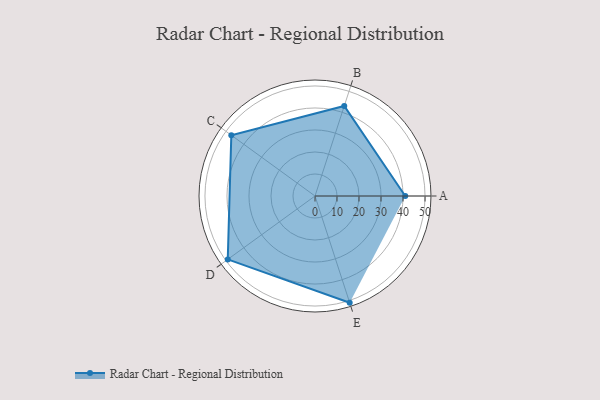
{"axis": {"x": "Skill", "y": "Score"}, "legend": ["Profile"], "data": [{"x": "A", "y": 41.0, "type": "Profile"}, {"x": "B", "y": 43.0, "type": "Profile"}, {"x": "C", "y": 47.0, "type": "Profile"}, {"x": "D", "y": 49.0, "type": "Profile"}, {"x": "E", "y": 51.0, "type": "Profile"}]}